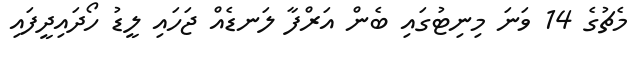
މެޗުގެ 14 ވަނަ މިނިޓުގައި ބެން އަރްފާ ލަނޑެއް ޖަހައި ލީޑު ހޯދައިދީފައި